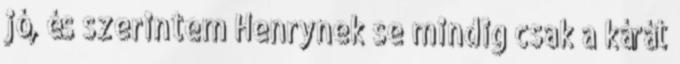
jó, és szerintem Henrynek se mindig csak a kárát